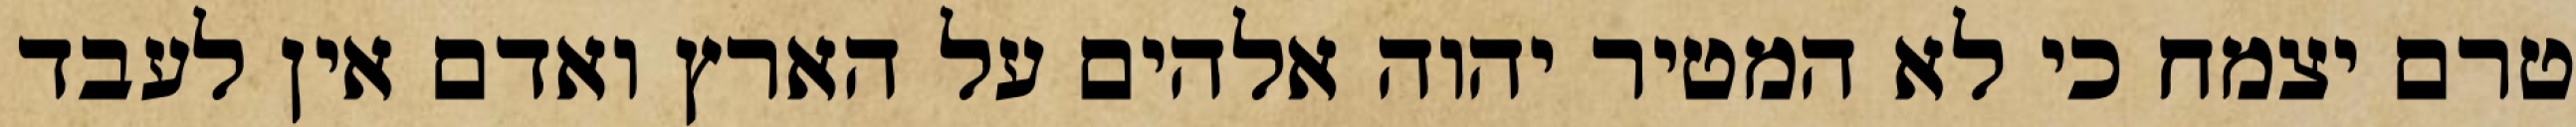
טרם יצמח כי לא המטיר יהוה אלהים על הארץ ואדם אין לעבד